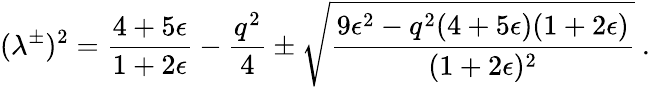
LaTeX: (\lambda^{\pm})^{2}=\frac{4+5\epsilon}{1+2\epsilon}-\frac{q^{2}}{4}\pm\sqrt{\frac{9\epsilon^{2}-q^{2}(4+5\epsilon)(1+2\epsilon)}{(1+2\epsilon)^{2}}}\ .